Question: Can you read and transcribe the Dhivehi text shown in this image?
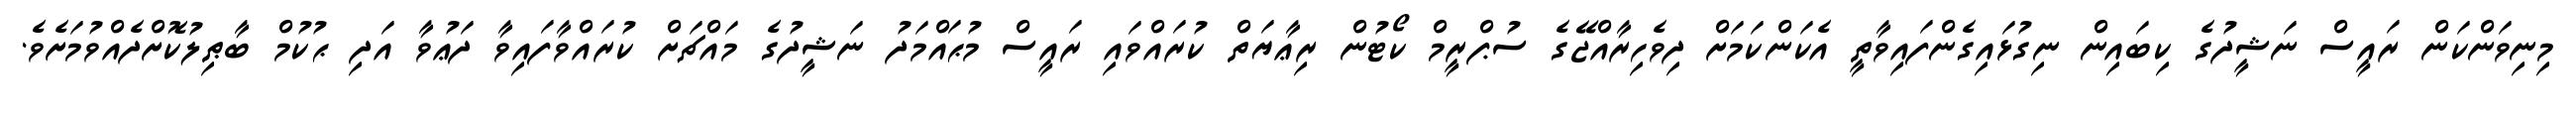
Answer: މިނިވަންކަން ރައީސް ނަޝީދުގެ ކިބައިން ނިގުޅައިގެންފައިވާތީ އެކަންކަމަށް ދިވެހިރާއްޖޭގެ ސުޕްރީމް ކޯޓުން ރިޢާޔަތް ކުރައްވައި ރައީސް މުޙައްމަދު ނަޝީދުގެ މައްޗަށް ކުރައްވާފައިވާ ދަޢުވާ އަދި ޙުކުމް ބާޠިލުކޮށްދެއްވުމަށެވެ.